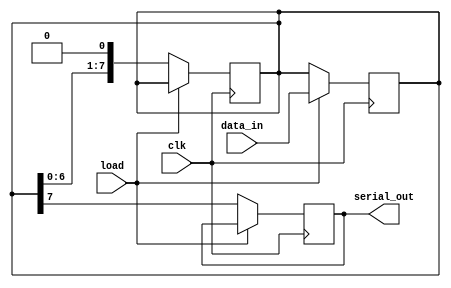
module dynamic_piso_register (
    input wire clk,               // Clock signal
    input wire load,              // Load control signal
    input wire [N-1:0] data_in,   // Parallel data input
    output reg serial_out         // Serial output
);
    parameter N = 8;              // Number of bits in the register
    reg [N-1:0] storage;          // Storage for the parallel data

    // Load data into the register on the rising edge of the clock
    always @(posedge clk) begin
        if (load) begin
            storage <= data_in;   // Load data into storage
        end
    end

    // Shift data out serially on the rising edge of the clock
    always @(posedge clk) begin
        if (!load) begin
            serial_out <= storage[N-1]; // Output the most significant bit
            storage <= {storage[N-2:0], 1'b0}; // Shift left and fill with 0
        end
    end

endmodule